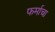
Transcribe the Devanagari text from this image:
फर्माचा